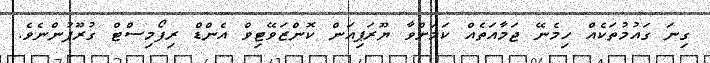
ގިނަ ގައުމުތަކެއް ހިމެނޭ ޖަމާއަތެއް ކަމަށްވާ ޔޫރަޕިއަން ކޮންޒަވޭޓިވް އެންޑް ރިފޯމިސްޓް ގުރޫޕުންނެވެ.